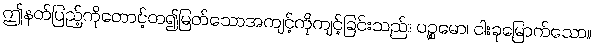
ဤနတ်ပြည့်ကိုတောင့်တ၍မြတ်သောအကျင့်ကိုကျင့်ခြင်းသည်။ ပဉ္စမော၊ ငါးခုမြောက်သော။